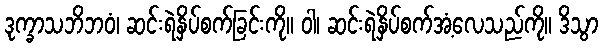
ဒုက္ခာသဘိဘဝံ၊ ဆင်းရဲနှိပ်စက်ခြင်းကို။ ဝါ၊ ဆင်းရဲနှိပ်စက်အံ့လေသည်ကို။ ဒိသွာ